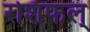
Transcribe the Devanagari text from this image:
रशिफल्